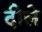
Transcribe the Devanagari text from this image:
दीले